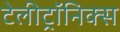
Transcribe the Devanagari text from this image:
टेलीट्रॉनिक्स